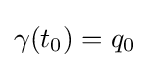
\gamma (t_{0})=q_{0}